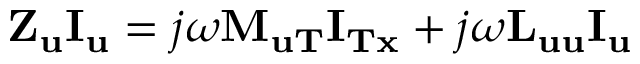
{ { \mathbf { Z } } _ { \mathbf { u } } } { { \mathbf { I } } _ { \mathbf { u } } } = j \omega { \mathbf { M } } { } _ { { \mathbf { u T } } } { { \mathbf { I } } _ { { \mathbf { T x } } } } + j \omega { { \mathbf { L } } _ { { \mathbf { u u } } } } { { \mathbf { I } } _ { \mathbf { u } } }